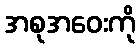
အစုအဝေးကို